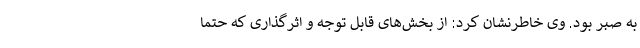
به صبر بود. وی خاطرنشان کرد: از بخش‌های قابل توجه و اثرگذاری که حتما